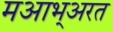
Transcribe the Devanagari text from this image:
मआभ्अरत